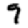
Digit: 9